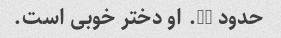
حدود 12. او دختر خوبی است.